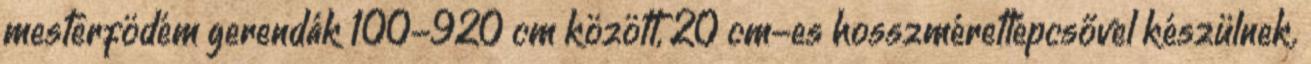
mesterfödém gerendák 100-920 cm között, 20 cm-es hosszméretlépcsővel készülnek.